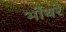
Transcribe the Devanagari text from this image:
भोंथरे